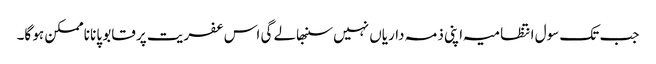
جب تک سول انتظامیہ اپنی ذمہ داریاں نہیں سنبھالے گی اس عفریت پر قابو پانا ناممکن ہو گا۔